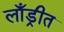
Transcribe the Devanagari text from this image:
लाँड्रीत